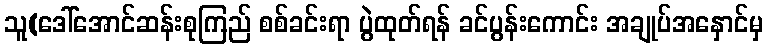
သူ(ဒေါ်အောင်ဆန်းစုကြည် စစ်ခင်းရာ ပွဲထုတ်ရန် ခင်ပွန်းကောင်း အချုပ်အနှောင်မှ